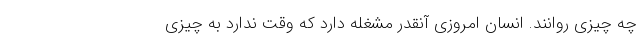
چه چیزی روانند. انسان امروزی آنقدر مشغله دارد که وقت ندارد به چیزی